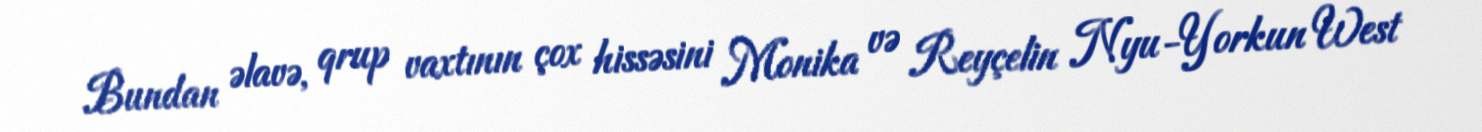
Bundan əlavə, qrup vaxtının çox hissəsini Monika və Reyçelin Nyu-Yorkun West